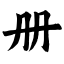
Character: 册